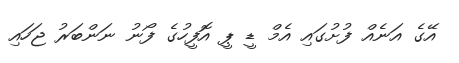
އޭގެ އަނެއް ފުށުގައި އެމް ޑީ ޕީ އޮފީހުގެ ފޯނު ނަންބަރު ޖަހައި